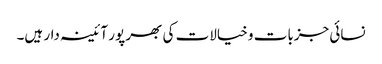
نسائی جزبات و خیالات کی بھر پور آئینہ دار ہیں۔